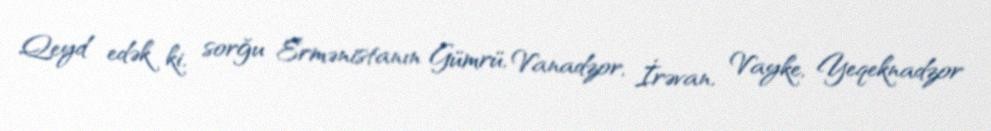
Qeyd edək ki, sorğu Ermənistanın Gümrü, Vanadzor, İrəvan, Vayke, Yeqeknadzor